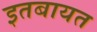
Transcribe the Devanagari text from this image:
इतबायत